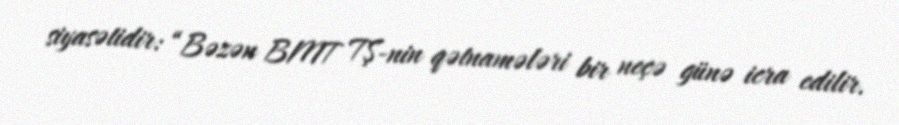
siyasətidir: “Bəzən BMT TŞ-nin qətnamələri bir neçə günə icra edilir.